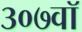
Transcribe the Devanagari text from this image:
३०७वॉ